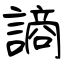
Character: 謪